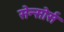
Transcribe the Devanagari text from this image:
सेन्सोर्स